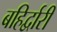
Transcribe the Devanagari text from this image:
बहिर्द्वारी